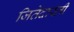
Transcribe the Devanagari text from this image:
जितेदास्ती